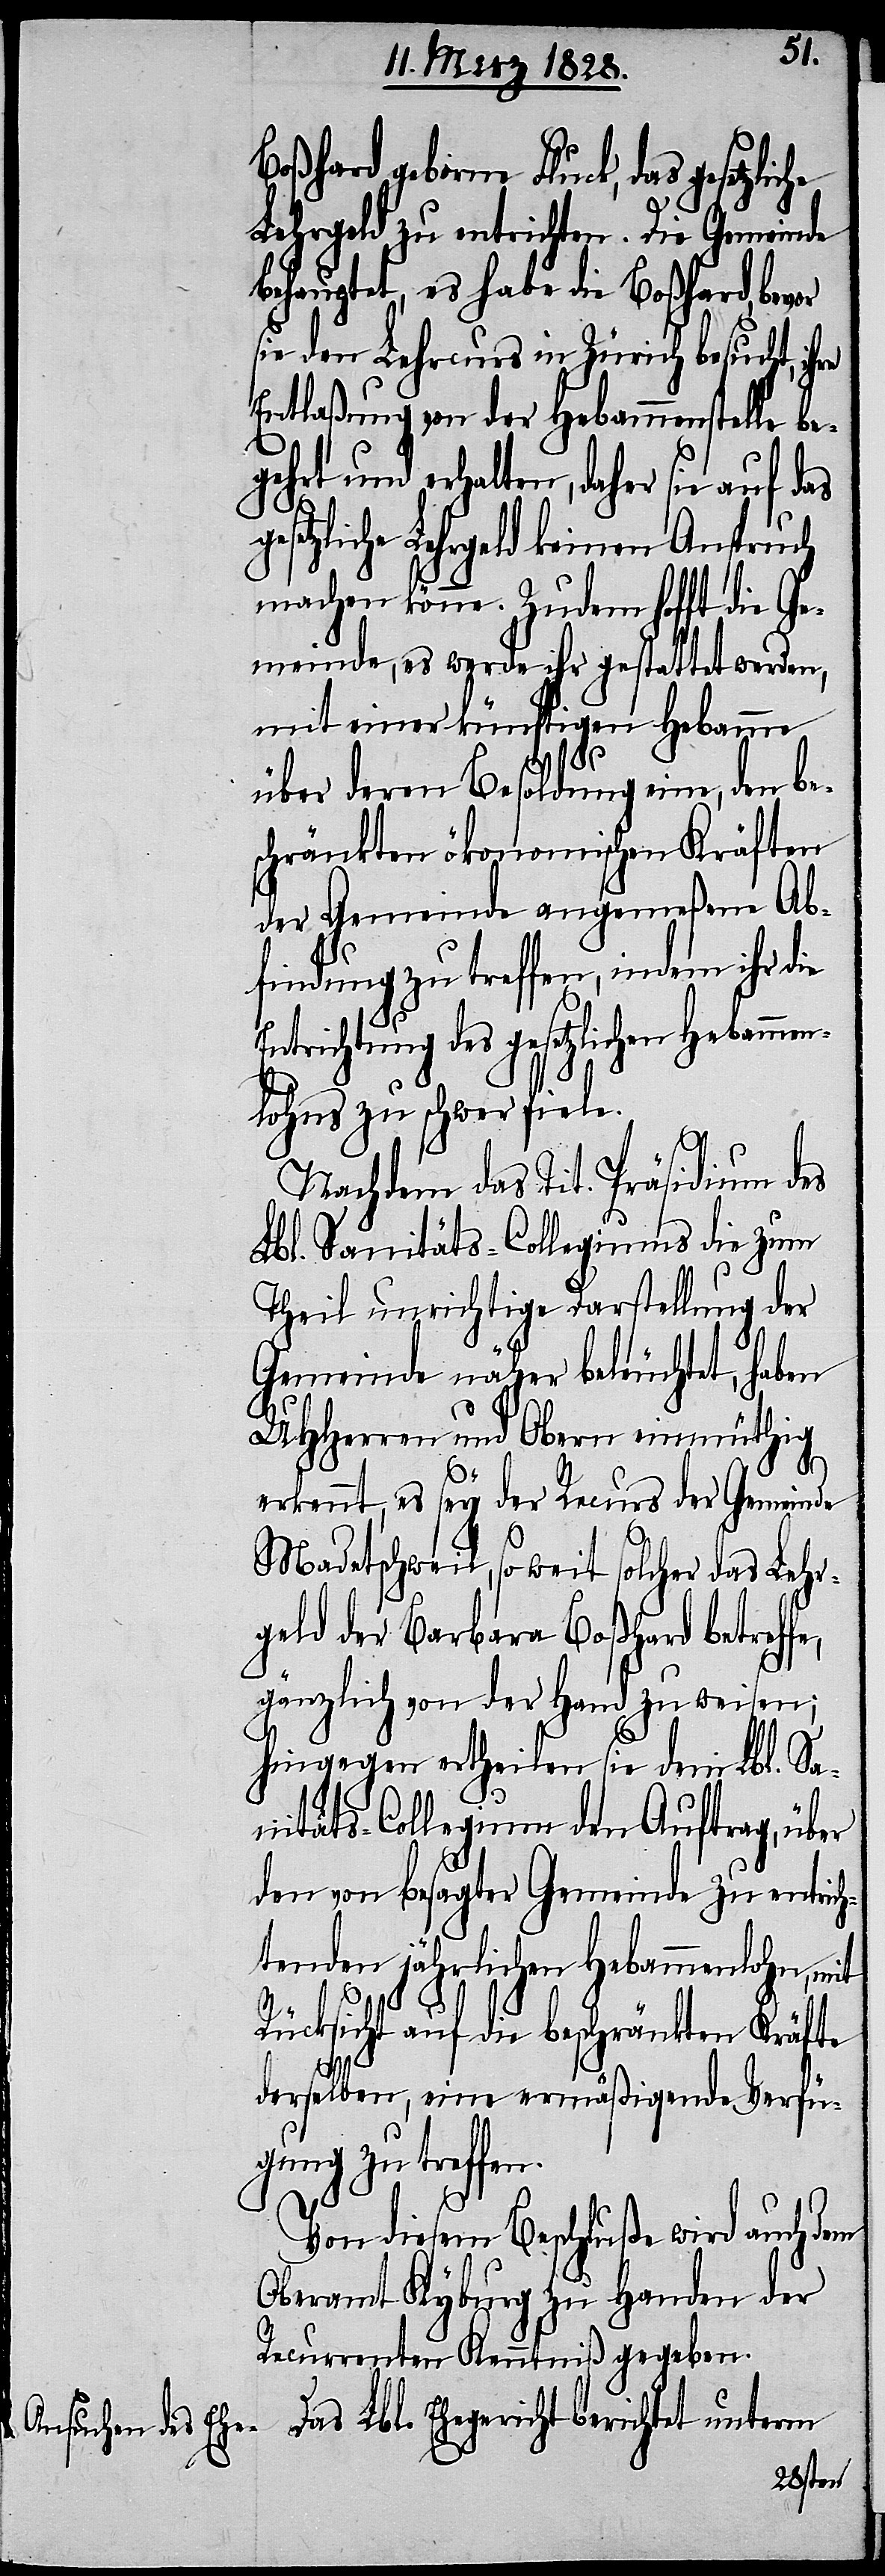
Boßhard, geborne Fluck, das gesetzlic¬
Lehrgeld zu entrichten. Die Gemeinde
behauptet, es habe die Boßhard, bevor
sie den Lehrcurs in Zürich besucht, ih¬
Entlaßung von der Hebammenstelle be¬
gehrt und erhalten, daher sie auf das
setzliche Lehrgeld keinen Anspruch
machen könne. Zudem hofft die Ge¬
meinde, es werde ihr gestattet werden,
mit einer künftigen Hebamme
über deren Besoldung eine, den be¬
schränkten ökonomischen Kräften
der Gemeinde angemeßenen Ab¬
findung zu treffen, indem ihr die
ntrichtung des gesetzlichen Hebamm¬
lohns zu schwer fiele.
Nachdem das Tit. Präsidium des
Lbl. Sanitäts-Colegiums die zum
Theil unrichtige Darstellung der
Gemeinde näher beleuchtet, haben
UHHerren und Obern einmüthig
e,
erkennt, es sey der Recurs der Gemeinde
Madetschweil, so weit solcher das Lehr¬
geld der Barbara Boßhard betreff¬
gänzlich von der Hand zu weisen;
hingegen ertheilen sie dem Lbl. Sa¬
nitäts-Collegium den Auftrag, über
den von besagter Gemeinde zu entrich¬
tenden jährlichen Hebammenlohn, mit
Rücksicht auf die beschränkten Kräfte
derselben, eine ermäßigende Verfü¬
gung zu treffen.
Von diesem Beschluße wird auch dem
Oberamt Kyburg zu Handen der
Recurrenten Kenntniß gegeben.
Das Lbl. Ehegericht berichtet unterm